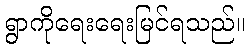
ရွာကိုရေးရေးမြင်ရသည်။